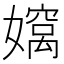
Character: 𫲄